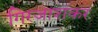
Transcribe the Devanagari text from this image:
गिरजाशंकर